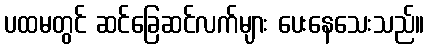
ပထမတွင် ဆင်ခြေဆင်လက်များ ပေးနေသေးသည်။